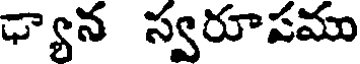
ఢ్యాన స్వరూపము